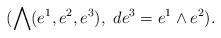
LaTeX: \begin{align*} (\bigwedge(e^1,e^2,e^3), \ de^3=e^1\wedge e^2).\end{align*}